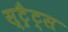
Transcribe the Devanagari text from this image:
स्ट्रैट्‍स